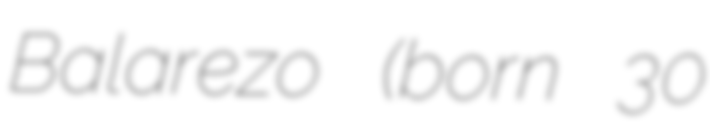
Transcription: Balarezo (born 30